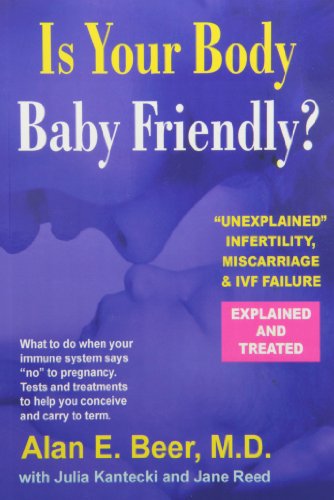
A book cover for Is Your Body Baby-Friendly?: Unexplained Infertility, Miscarriage & IVF Failure EE Explained; Alan E. Beer; Parenting & Relationships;